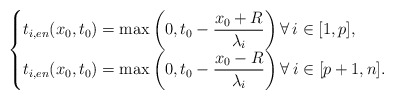
\begin{align*}\begin{cases}t_{i,en}(x_0,t_0)=\max\left(0,t_0-\dfrac{x_0+R}{\lambda_i}\right) \forall\: i\in [1,p],\\t_{i,en}(x_0,t_0)=\max\left(0,t_0-\dfrac{x_0-R}{\lambda_i}\right) \forall\: i\in [p+1,n].\end{cases}\end{align*}